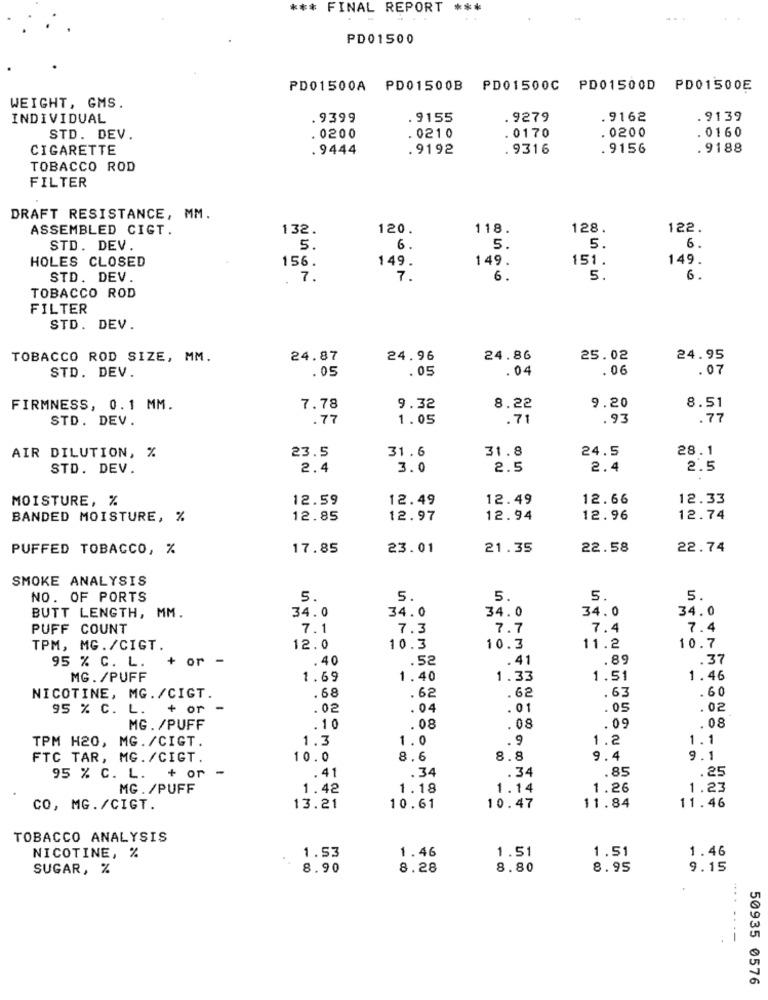
*** FINAL REPORT ***
PD01500
PD01500A PD01500B PD01500C PD01500D PD01500E
WEIGHT, GMS.
INDIVIDUAL
.9399
. 9155
.9279
.9162
9139
. 0170
STD. DEV.
. 0200
0210
. 0200
. 0160
CIGARETTE
.9444
.9192
. 9316
. 9156
.9188
TOBACCO ROD
FILTER
DRAFT RESISTANCE, MM.
ASSEMBLED CIGT.
132.
120.
118.
128.
122.
STD. DEV.
5.
6
5.
5.
6.
HOLES CLOSED
156.
149.
149.
151.
149.
STD. DEV.
. 7.
7.
6.
5.
6.
TOBACCO ROD
FILTER
STD. DEV.
TOBACCO ROD SIZE, MM.
24.87
24.96
24.86
25.02
24.95
STD. DEV.
. 05
.05
.04
.06
.07
FIRMNESS, 0.1 MM.
7.78
9.32
8.22
9.20
8.51
STD. DEV.
.77
1.05
.71
.93
.77
23.5
31.6
31.8
24.5
28.1
AIR DILUTION, %
STD. DEV.
2.4
3.0
2.5
2.4
2.5
MOISTURE, %
12.59
12.49
12.49
12.66
12.33
BANDED MOISTURE, %
12.85
12.97
12.94
12.96
12.74
PUFFED TOBACCO, %
17.85
23.01
21.35
22.58
22.74
SMOKE ANALYSIS
NO. OF PORTS
5.
5.
5.
5.
5.
34.0
34.0
34.0
34.0
34.0
BUTT LENGTH, MM.
PUFF COUNT
7.1
7.3
7.7
7.4
7.4
TPM, MG./CIGT.
12.0
10.3
10.3
11.2
10.7
95 % C. L.
+ or-
.40
.52
.41
.89
.37
MG. /PUFF
1.69
1.40
1.33
1.51
1.46
.60
NICOTINE, MG./CIGT.
. 68
. 62
.62
. 63
95 % C. L.
+ or
.02
. 04
. 01
. 0S
.02
MG. /PUFF
.10
.08
. 08
.09
.08
TPM H20, MG. /CIGT.
1.3
1.0
.9
1.2
1.1
FTC TAR, MG. /CIGT.
10.0
8.6
8.8
9.4
9.1
.34
.85
.25
95 % C. L. + or -
.41
.34
MG. /PUFF
1.42
1.18
1.14
1.26
1.23
CO, MG./CIGT.
13.21
10.61
10.47
11.84
11.46
TOBACCO ANALYSIS
1.53
1.46
1.51
1.51
1.46
NICOTINE, %
SUGAR, %
8.90
8.28
8.80
8.95
9.15
....
50935 0576